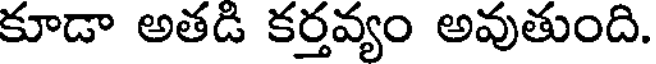
కూడా అతడి కర్తవ్యం అవుతుంది.